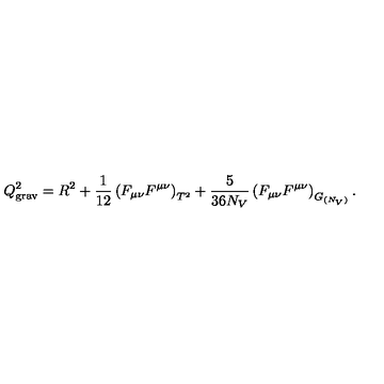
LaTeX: Q _ { \mathrm { g r a v } } ^ { 2 } = R ^ { 2 } + { \frac { 1 } { 1 2 } } \left( F _ { \mu \nu } F ^ { \mu \nu } \right) _ { T ^ { 2 } } + { \frac { 5 } { 3 6 N _ { V } } } \left( F _ { \mu \nu } F ^ { \mu \nu } \right) _ { G _ { ( N _ { V } ) } } .